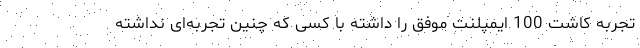
تجربه کاشت 100 ایمپلنت موفق را داشته با کسی که چنین تجربه‌ای نداشته